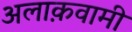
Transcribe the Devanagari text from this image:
अलाक़वामी